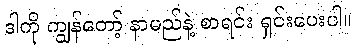
ဒါကို ကျွန်တော့် နာမည်နဲ့ စာရင်း ရှင်းပေးပါ။